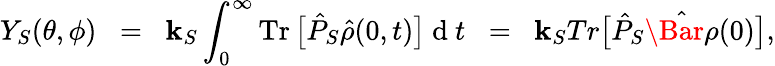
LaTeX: Y_{S}(\theta,\phi)\; \; =\; \; \mathbf{k}_{S}\int_{0}^{\infty}\operatorname{Tr}\big[\hat{{P}}_{S}\hat{{\rho}}(0,t)\big]{\mathrm{{~d~}}}t\; \; =\; \; \mathbf{k}_{S}Tr\big[\hat{{P}}_{S}\hat{{\Bar{\rho}}}(0)\big],